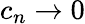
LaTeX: c_{n}\rightarrow 0